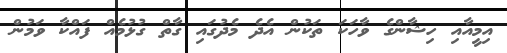
އިމީއާއި ހިޝާންގެ ވާހަކަ ތަކުން އެދެ މެދުގައި ގާތް ގުޅުމެއް ފައްކާ ވަމުން